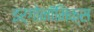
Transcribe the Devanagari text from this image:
इर्गोनॉमिक्स